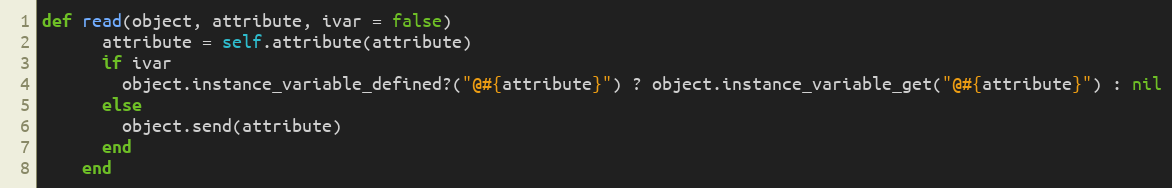
Language: Ruby
def read(object, attribute, ivar = false)
      attribute = self.attribute(attribute)
      if ivar
        object.instance_variable_defined?("@#{attribute}") ? object.instance_variable_get("@#{attribute}") : nil
      else
        object.send(attribute)
      end
    end